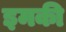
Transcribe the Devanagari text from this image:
इमकी